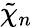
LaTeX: \tilde{\chi}_{n}